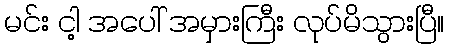
မင်း ငါ့ အပေါ် အမှားကြီး လုပ်မိသွားပြီ။